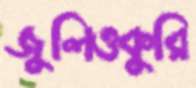
জুলিওকুরি